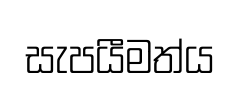
සැපයීමත්ය